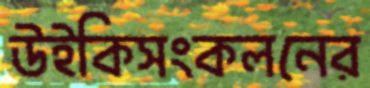
উইকিসংকলনের